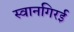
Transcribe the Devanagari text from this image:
स्वानगिरई